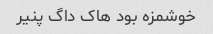
خوشمزه بود هاک داگ پنیر